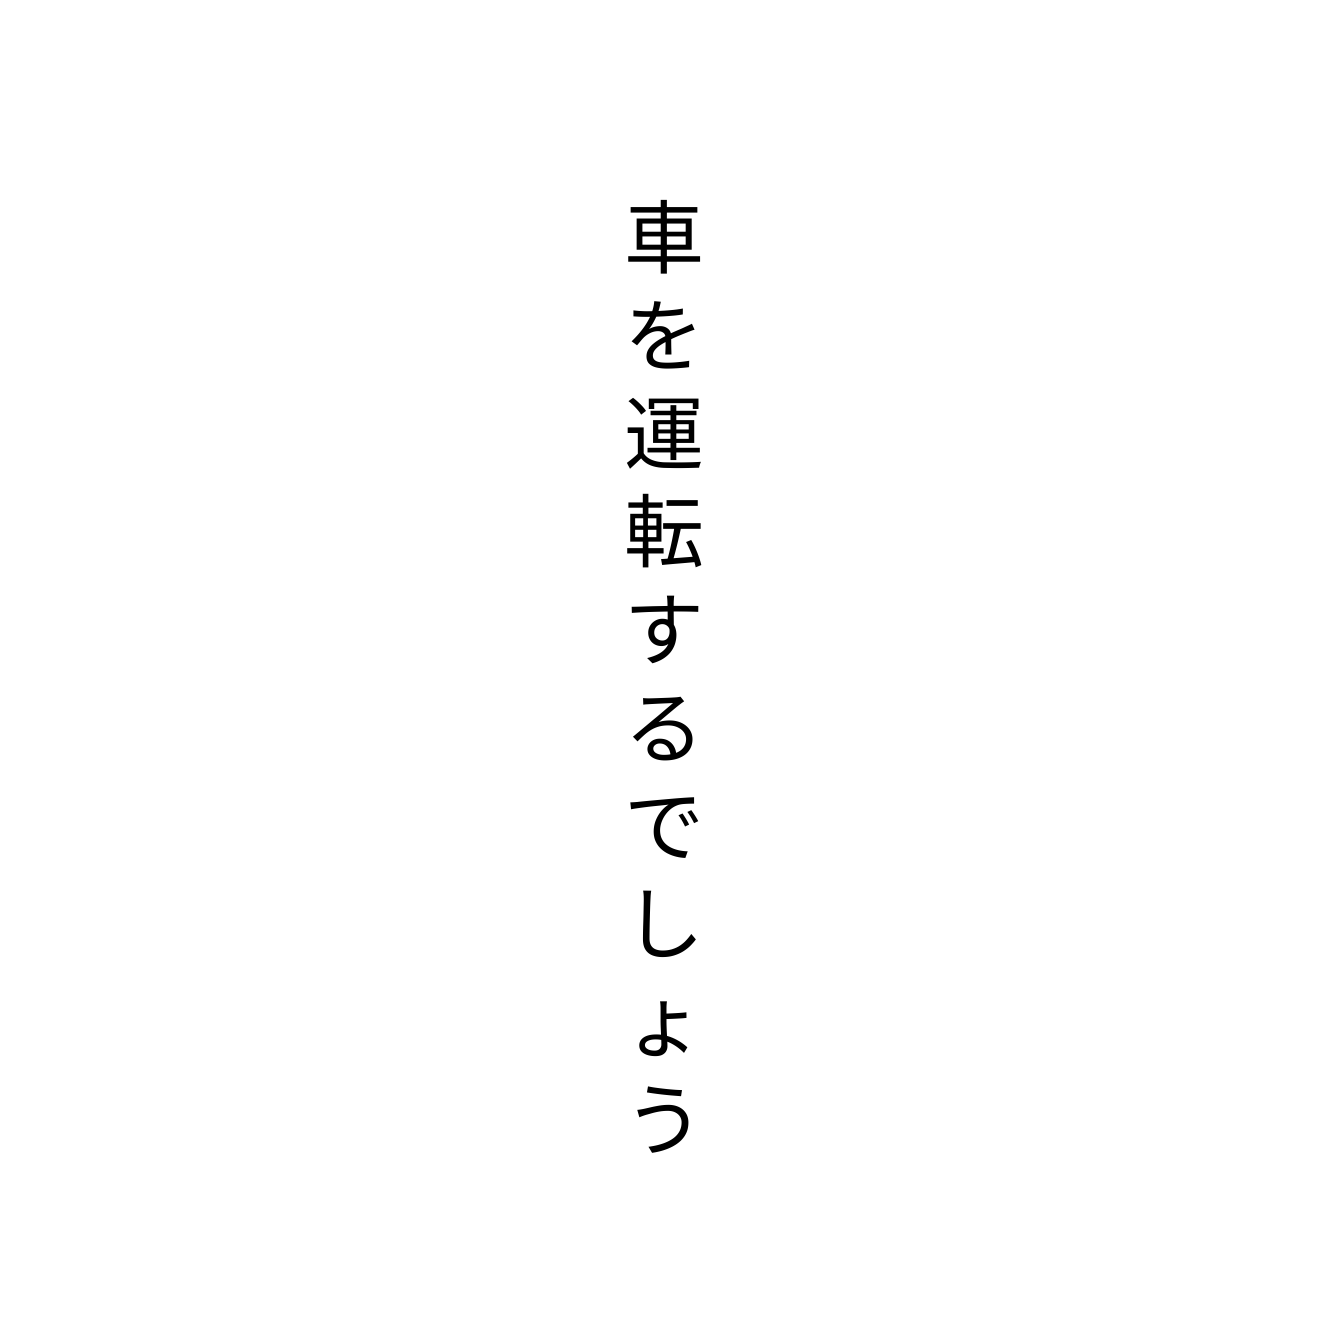
車を運転するでしょう